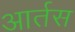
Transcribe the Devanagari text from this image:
आर्तस